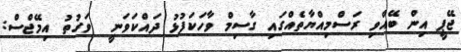
ޖޭޕީ އިން ބޭއްވި ރަސްމިއްޔާތެއްގައި ގާސިމް ވާހަކަފުޅު ދައްކަވަނީ  ވަގުތު އިމޭޖްސް: